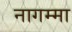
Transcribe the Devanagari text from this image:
नागम्मा